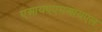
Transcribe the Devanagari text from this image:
एआयएएमआयएल